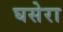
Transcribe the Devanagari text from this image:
घसेरा